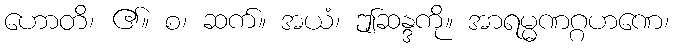
ဟောတိ၊ ၏။ စ၊ ဆက်။ အယံ၊ ဤဆန္ဒကို။ အာရမ္မဏဂ္ဂဟဏေ၊